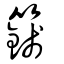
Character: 籛